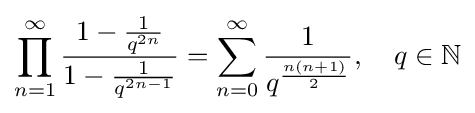
\prod _{n=1}^{\infty }{\frac {1-{\frac {1}{q^{2n}}}}{1-{\frac {1}{q^{2n-1}}}}}=\sum _{n=0}^{\infty }{\frac {1}{q^{\frac {n(n+1)}{2}}}},\quad q\in \mathbb {N}